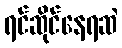
ရင်ဆိုင်နေရဆဲ